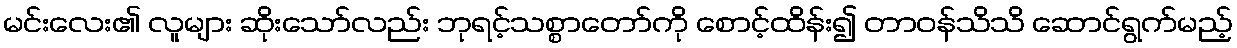
မင်းလေး၏ လူများ ဆိုးသော်လည်း ဘုရင့်သစ္စာတော်ကို စောင့်ထိန်း၍ တာဝန်သိသိ ဆောင်ရွက်မည့်